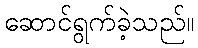
ဆောင်ရွက်ခဲ့သည်။